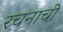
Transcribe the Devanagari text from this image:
रचनाची